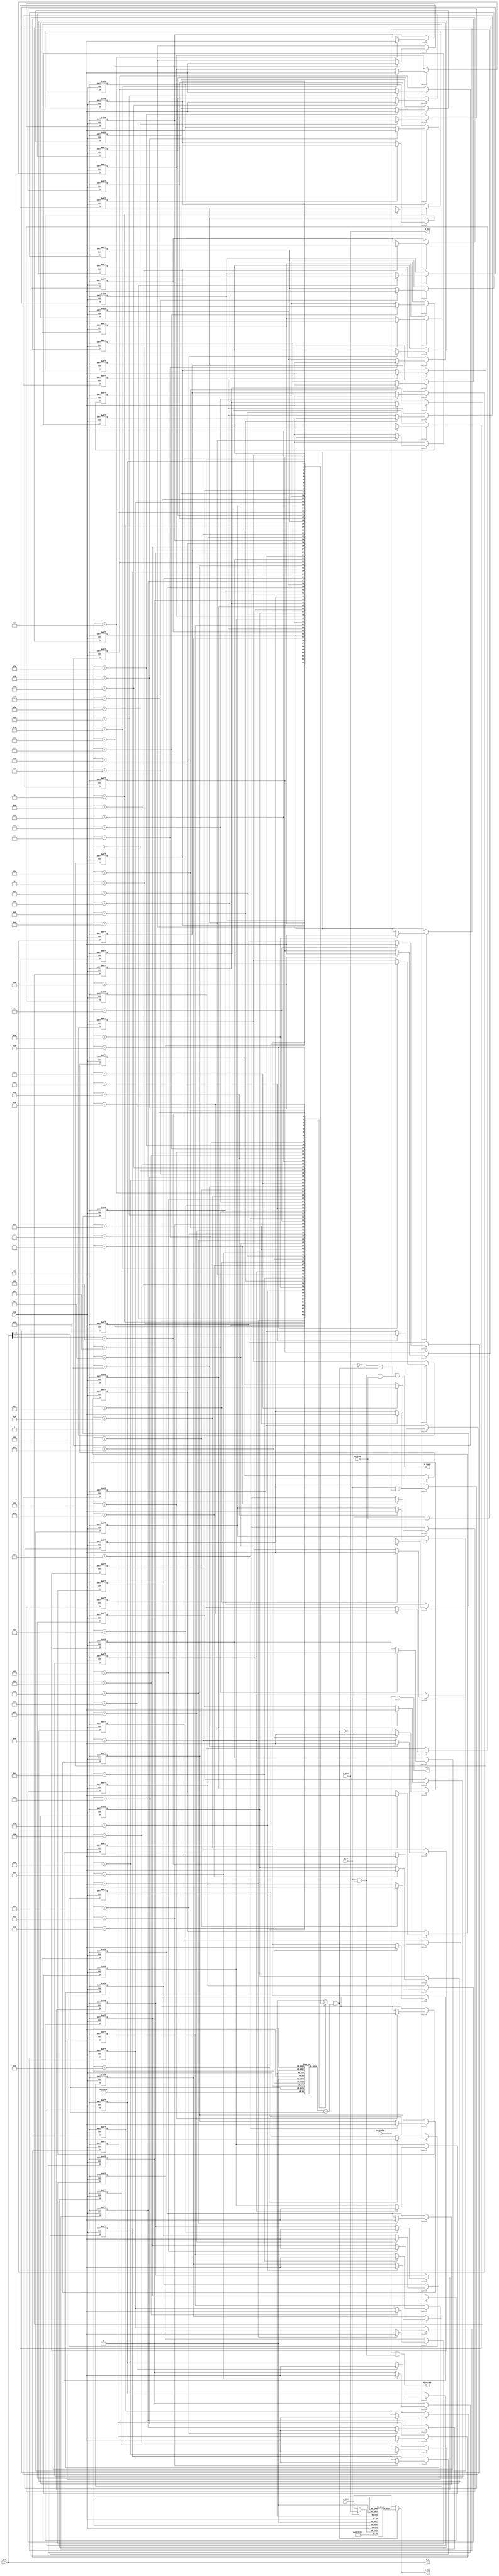
`timescale 1ns / 1ps
module inst_cache #(parameter A_WIDTH=32,parameter C_INDEX = 6)(
    input[A_WIDTH-1:0] p_a,//CPU
    input[31:0]        p_dout,//CPU
    output[31:0]       p_din,//CacheCPU
    input              p_strobe,//1
    input              p_rw,//0:read,1:write
    output             p_ready,//CPU
    //input              flush_except,

    input              clk,
    input              clrn,

    output[A_WIDTH-1:0] m_a,//
    input[31:0]         m_dout,//
    output[31:0]        m_din,//
    output              m_strobe,
    output              m_rw,
    input               m_ready
);
    localparam T_WIDTH =A_WIDTH - C_INDEX -2;
    reg                   d_valid[0:(1<<C_INDEX)-1];
    reg  [T_WIDTH-1:0]    d_tags [0:(1<<C_INDEX)-1];
    reg  [31:0]           d_data [0:(1<<C_INDEX)-1];
    wire [C_INDEX-1:0]    index = p_a[C_INDEX+1:2];
    wire [T_WIDTH-1:0]    tag = p_a[A_WIDTH-1 : C_INDEX+2];

    //read from cache
    wire valid =d_valid[index];
    wire[T_WIDTH-1:0] tagout=d_tags[index];
    wire[31:0] c_dout=d_data[index];

    //cache control
    wire cache_hit  = valid & (tagout == tag);//hit
    wire cache_miss = ~cache_hit;
    wire c_write    = p_rw | cache_miss&m_ready;
    wire sel_in     = p_rw;
    wire sel_out    = cache_hit;
    wire[31:0]c_din = sel_in ?p_dout : m_dout;
    assign p_din    = sel_out?c_dout : m_dout;
    assign m_din    = p_dout;
    assign m_a      = p_a;
    assign m_rw     = p_strobe & p_rw;//write through
    assign m_strobe = p_strobe & (p_rw | cache_miss);
    assign p_ready  = ~p_rw & cache_hit | ((cache_miss | p_rw) & m_ready);
    //cache
    //1.
    //2.
    //3.memmem readycacheready
    
    integer i;
    always @(posedge clk or negedge clrn)begin
      if(clrn == 0)begin
          for(i = 0;i<(1<<C_INDEX);i=i+1)
            d_valid[i] <= 1'b0;
        end else if (c_write) begin
            d_valid[index] <= 1'b1;
        end
    end

    always @(posedge clk ) begin
        d_tags[index] <= tag;
        d_data[index] <= c_din;
    end

endmodule